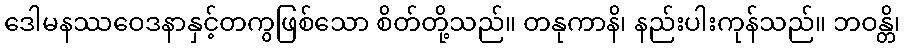
ဒေါမနဿဝေဒနာနှင့်တကွဖြစ်သော စိတ်တို့သည်။ တနုကာနိ၊ နည်းပါးကုန်သည်။ ဘဝန္တိ၊